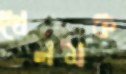
দোলমঞ্চ